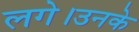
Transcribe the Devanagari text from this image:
लगे।उनके